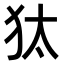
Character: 𤝁